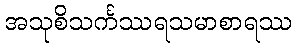
အသုစိသင်္ကဿရသမာစာရဿ